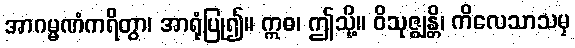
အာဂမ္မဏံကရိတွာ၊ အာရုံပြု၍။ ဣဓ၊ ဤသို့။ ဝိသုဇ္ဈန္တိ၊ ကိလေသာသမှ